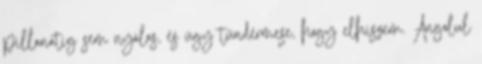
pillanatig sem nyálas, és úgy tündérmese, hogy elhiszem. Angolul